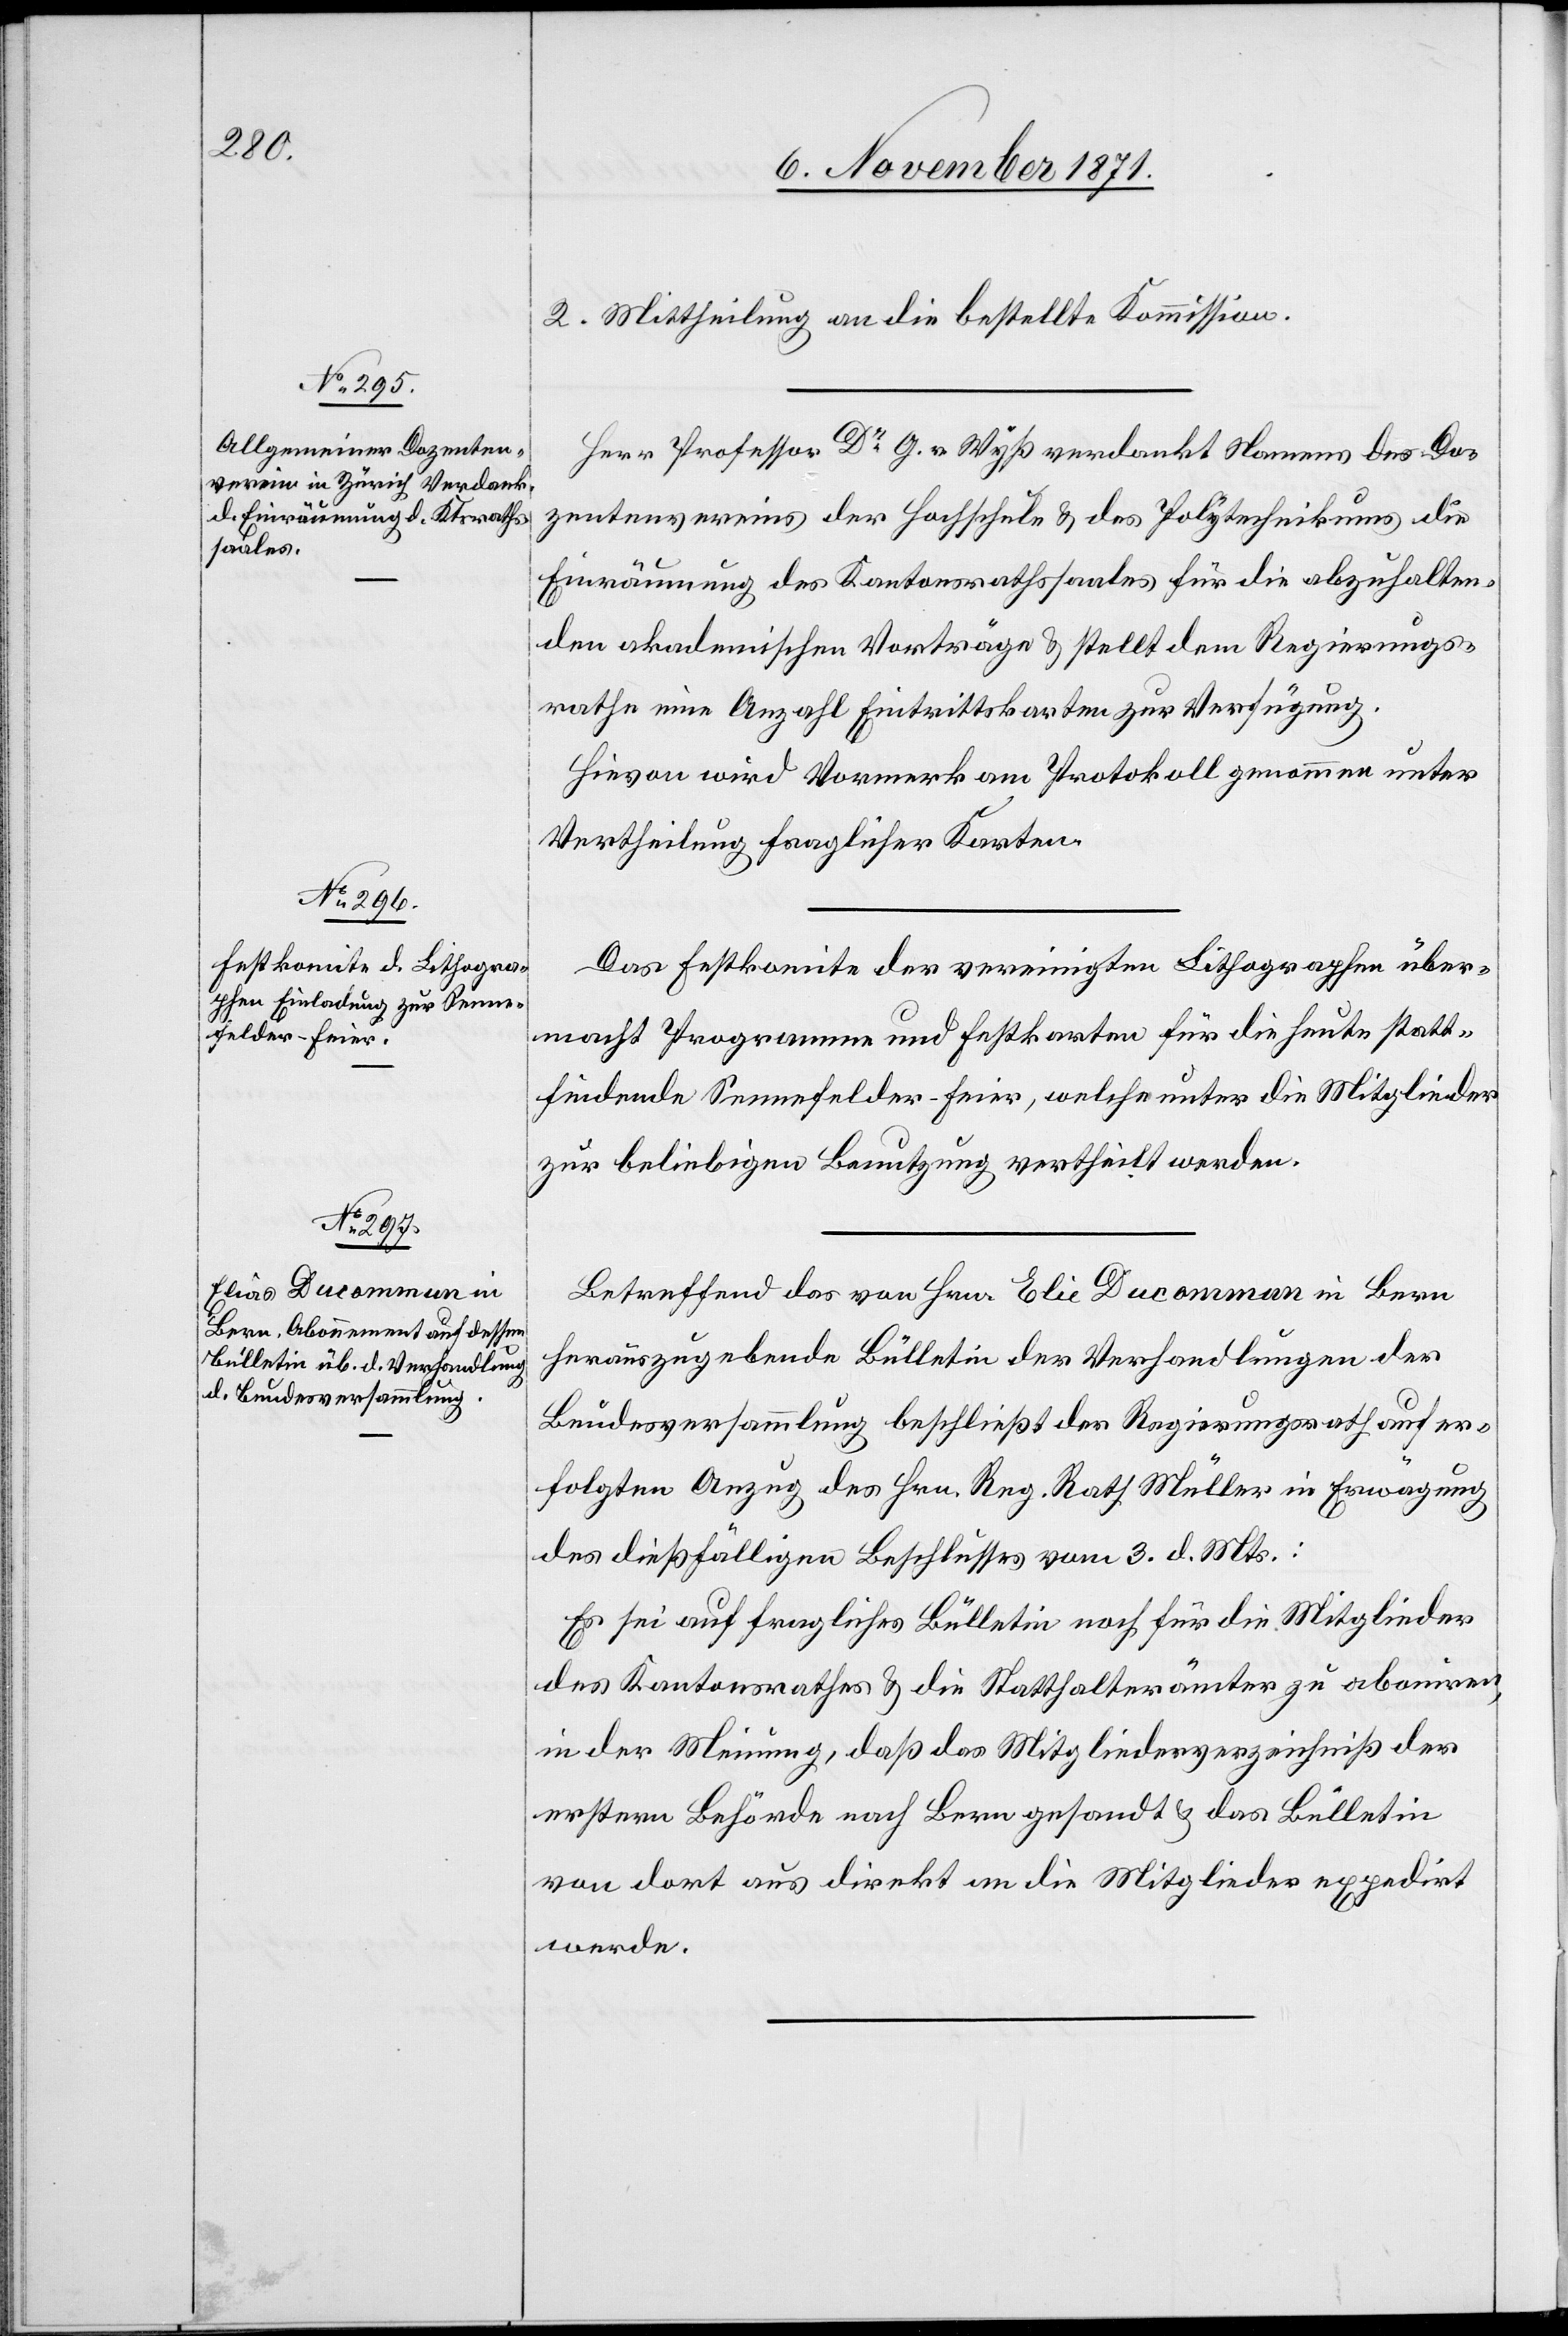
2. Mittheilung an die bestellte Kommission.
Herr Professor Dr G. v. Wyß verdankt Namens des Do¬
zentenvereins der Hochschule & des Polytechnikums die
Einräumung des Kantonsrathssaales für die abzuhalten¬
den akademischen Vorträge & stellt dem Regierungs¬
rathe eine Anzahl Eintrittskarten zur Verfügung.
Hievon wird Vormerk am Protokoll genommen unter
Vertheilung fraglicher Karten.
Das Festkomite der vereinigten Lithographen über¬
macht Programm und Festkarten für die heute statt¬
findende Senefelder-Feier, welche unter die Mitglieder
zur beliebigen Benutzung vertheilt werden.
Betreffend der von Hrn. Elie Ducommun in Bern
herauszugebende Bülletin der Verhandlungen der
Bundesversammlung beschließt der Regierungsrath auf er¬
folgten Anzug des Hrn. Reg. Rath Müller in Erwägung
des dießfälligen Beschlusses vom 3. d. Mts.:
Es sei auf fragliches Bülletin noch für die Mitglieder
des Kantonsrathes & die Statthalterämter zu aboniren
in der Meinung, daß das Mitgliederverzeichniß der
ersten Behörde nach Bern gesandt & das Bülletin
von dort aus direkt an die Mitglieder expedirt
werde.